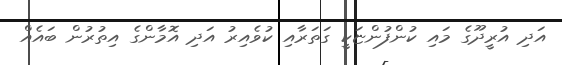
އަދި އުރީދޫގެ މައި ކުންފުންޏަކީ ގަތަރާއި ކުވެއިރު އަދި އޮމާންގެ އިތުރުން ބައެއް